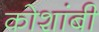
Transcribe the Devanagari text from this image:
कोशांबी